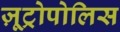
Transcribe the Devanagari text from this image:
ज़ूट्रोपोलिस